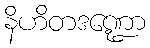
နိဟိတဒဏ္ဍော